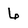
Character: 6